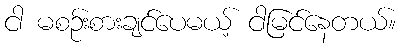
ငါ မစဉ်းစားချင်ပေမယ့် ငါမြင်နေတယ်။